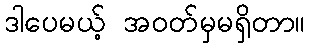
ဒါပေမယ့် အဝတ်မှမရှိတာ။